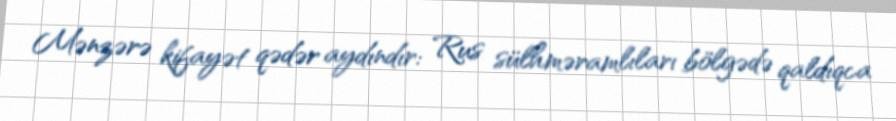
Mənzərə kifayət qədər aydındır: Rus sülhməramlıları bölgədə qaldıqca